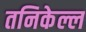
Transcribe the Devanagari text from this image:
तनिकेल्ल